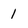
Character: 1